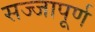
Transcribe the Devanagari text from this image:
सज्जापूर्ण